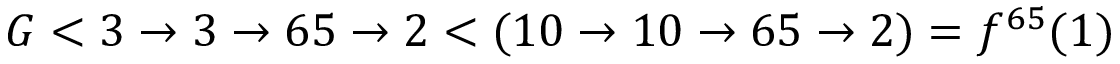
G < 3 \rightarrow 3 \rightarrow 6 5 \rightarrow 2 < ( 1 0 \to 1 0 \to 6 5 \to 2 ) = f ^ { 6 5 } ( 1 )